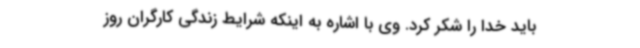
باید خدا را شکر کرد. وی با اشاره به اینکه شرایط زندگی کارگران روز